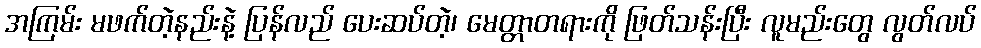
အကြမ်း မဖက်တဲ့နည်းနဲ့ ပြန်လည် ပေးဆပ်တဲ့၊ မေတ္တာတရားကို ဖြတ်သန်းပြီး လူမည်းတွေ လွတ်လပ်